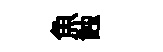
魚蝕